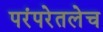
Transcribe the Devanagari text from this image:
परंपरेतलेच